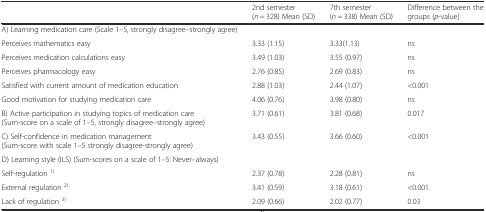
<table><thead><tr><td></td><td><b>2nd semester (<i>n</i> = 328) Mean (SD)</b></td><td><b>7th semester (<i>n</i> = 338) Mean (SD)</b></td><td><b>Difference between the groups (<i>p</i>-value)</b></td></tr></thead><tbody><tr><td>A) Learning medication care (Scale 1–5, strongly disagree–strongly agree)</td><td></td><td></td><td></td></tr><tr><td>Perceives mathematics easy</td><td>3.33 (1.15)</td><td>3.33(1.13)</td><td>ns</td></tr><tr><td>Perceives medication calculations easy</td><td>3.49 (1.03)</td><td>3.55 (0.97)</td><td>ns</td></tr><tr><td>Perceives pharmacology easy</td><td>2.76 (0.85)</td><td>2.69 (0.83)</td><td>ns</td></tr><tr><td>Satisfied with current amount of medication education</td><td>2.88 (1.03)</td><td>2.44 (1.07)</td><td>&lt;0.001</td></tr><tr><td>Good motivation for studying medication care</td><td>4.06 (0.76)</td><td>3.98 (0.80)</td><td>ns</td></tr><tr><td>B) Active participation in studying topics of medication care (Sum-score on a scale of 1–5, strongly disagree–strongly agree)</td><td>3.71 (0.61)</td><td>3.81 (0.68)</td><td>0.017</td></tr><tr><td>C) Self-confidence in medication management (Sum-score with scale 1–5 strongly disagree-strongly agree)</td><td>3.43 (0.55)</td><td>3.66 (0.60)</td><td>&lt;0.001</td></tr><tr><td>D) Learning style (ILS) (Sum-scores on a scale of 1–5: Never–always)</td><td colspan="3"></td></tr><tr><td>Self-regulation <sup>1)</sup></td><td>2.37 (0.78)</td><td>2.28 (0.81)</td><td>ns</td></tr><tr><td>External regulation <sup>2)</sup></td><td>3.41 (0.59)</td><td>3.18 (0.61)</td><td>&lt;0.001</td></tr><tr><td>Lack of regulation <sup>3)</sup></td><td>2.09 (0.66)</td><td>2.02 (0.77)</td><td>0.03</td></tr></tbody></table>